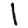
Digit: 1